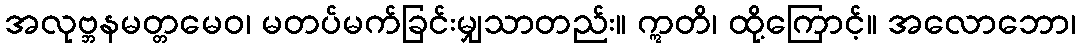
အလုဗ္ဘနမတ္တမေဝ၊ မတပ်မက်ခြင်းမျှသာတည်း။ ဣတိ၊ ထို့ကြောင့်။ အလောဘော၊